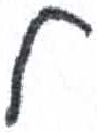
אות: ל